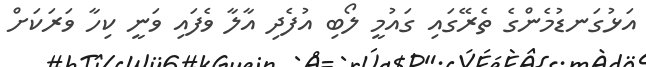
އަޅުގަނޑުމެންގެ ތެރޭގައި ގައުމީ ލޯބި އުފެދި އާލާ ވެފައި ވަނީ ކިހާ ވަރަކަށް